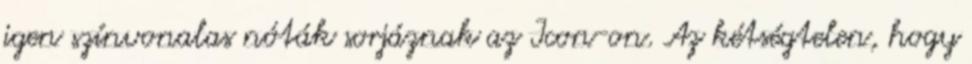
igen színvonalas nóták sorjáznak az Icon-on. Az kétségtelen, hogy